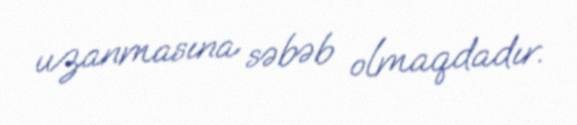
uzanmasına səbəb olmaqdadır.